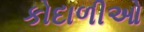
કોદાળીઓ